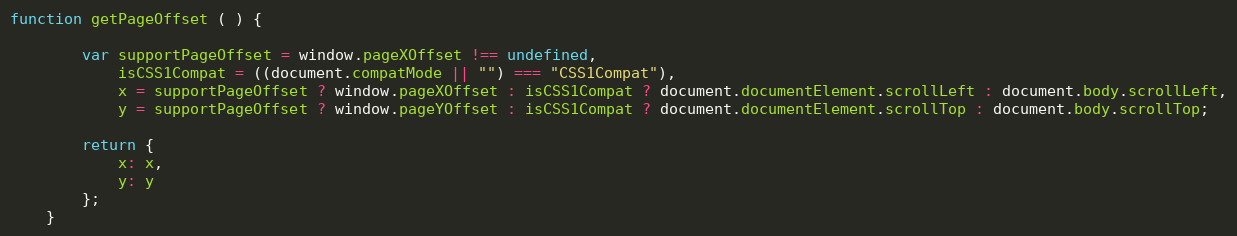
Language: JavaScript
function getPageOffset ( ) {

        var supportPageOffset = window.pageXOffset !== undefined,
            isCSS1Compat = ((document.compatMode || "") === "CSS1Compat"),
            x = supportPageOffset ? window.pageXOffset : isCSS1Compat ? document.documentElement.scrollLeft : document.body.scrollLeft,
            y = supportPageOffset ? window.pageYOffset : isCSS1Compat ? document.documentElement.scrollTop : document.body.scrollTop;

        return {
            x: x,
            y: y
        };
    }